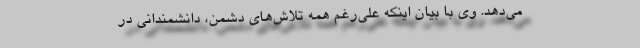
می‌دهد. وی با بیان اینکه علی‌رغم همه تلاش‌های دشمن، دانشمندانی در